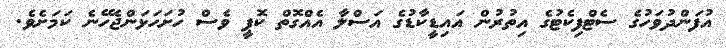
އުފަންދުވަހުގެ ސެޓްފިކެޓުގެ އިތުރުން އައިޑީކާޑުގެ އަސްލާ އެއްގޮތް ކޮޕީ ވެސް ހުށަހަޅަންޖެހޭނެ ކަމަށެވެ.